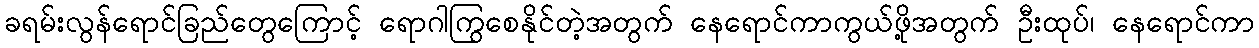
ခရမ်းလွန်ရောင်ခြည်တွေကြောင့် ရောဂါကြွစေနိုင်တဲ့အတွက် နေရောင်ကာကွယ်ဖို့အတွက် ဦးထုပ်၊ နေရောင်ကာ